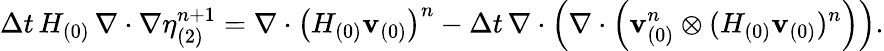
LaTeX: {\Delta t}\, H_{(0)}\, \nabla\cdot\nabla\eta_{(2)}^{n+1}=\nabla\cdot\left(H_{(0)}\mathbf{v}_{(0)}\right)^{n}-{\Delta t}\, \nabla\cdot\left(\nabla\cdot\left({\mathbf{v}_{(0)}^{n}}\otimes(H_{(0)}\mathbf{v}_{(0)})^{n}\right)\right).